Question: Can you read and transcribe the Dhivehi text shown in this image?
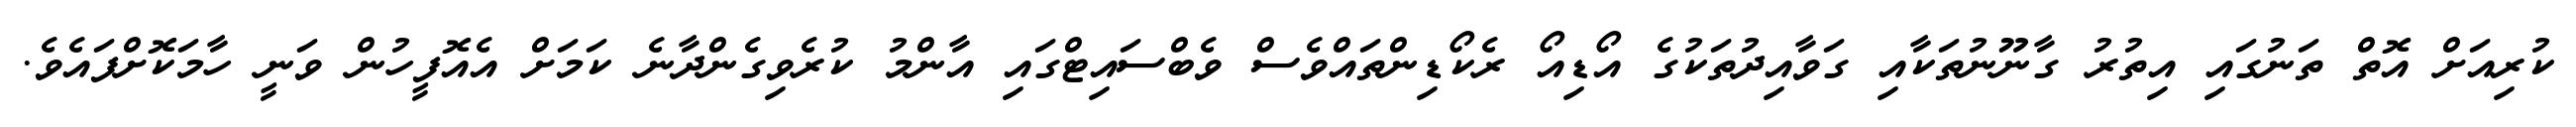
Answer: ކުރިއަށް އޮތް ތަނުގައި އިތުރު ގާނޫނުތަކާއި ގަވާއިދުތަކުގެ އޯޑިއޯ ރެކޯޑިންތައްވެސް ވެބްސައިޓްގައި އާންމު ކުރެވިގެންދާނެ ކަމަށް އެއޮފީހުން ވަނީ ހާމަކޮށްފައެވެ.